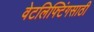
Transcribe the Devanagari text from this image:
वेटलिफ्टिंगसाठी